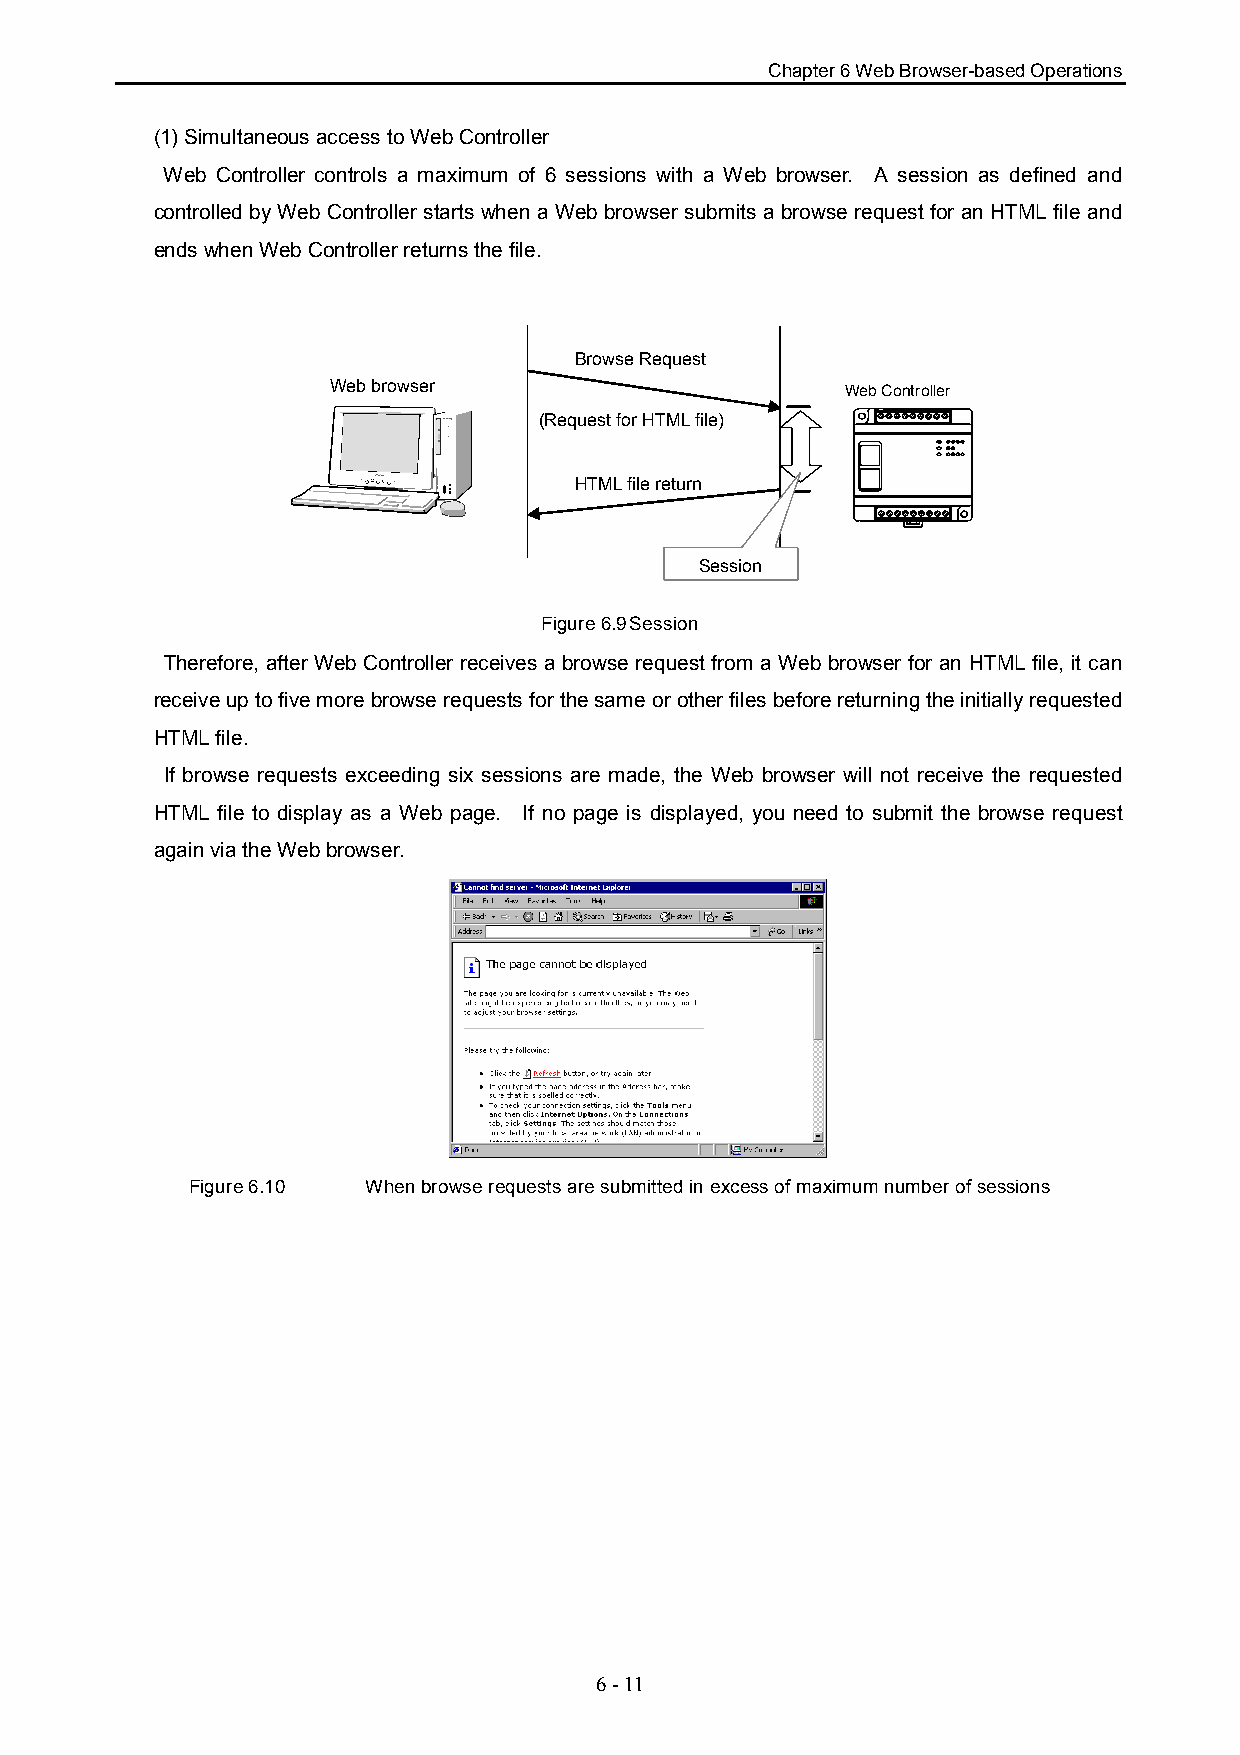
Chapter 6 Web Browser-based Operations
 (1) Simultaneous access to Web Controller
 Web Controller controls a maximum of 6 sessions with a Web browser. A session as defined and
 controlled by Web Controller starts when a Web browser submits a browse request for an HTML file and
 ends when Web Controller returns the file.
 Browse Request
 Web browser                       Web Controller
 (Request for HTML file)
 HTML file return
 Session
 Figure 6.9Session
 Therefore, after Web Controller receives a browse request from a Web browser for an HTML file, it can
 receive up to five more browse requests for the same or other files before returning the initially requested
 HTML file.
 If browse requests exceeding six sessions are made, the Web browser will not receive the requested
 HTML file to display as a Web page. If no page is displayed, you need to submit the browse request
 again via the Web browser.
 Figure 6.10 When browse requests are submitted in excess of maximum number of sessions
 6 - 11